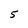
Character: 5